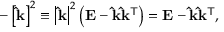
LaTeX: - \left[ \mathbf { \hat { k } } \right] ^ { 2 } \equiv \left| \mathbf { \hat { k } } \right| ^ { 2 } \left( \mathbf { E } - \mathbf { \hat { k } } \mathbf { \hat { k } } ^ { \mathsf { T } } \right) = \mathbf { E } - \mathbf { \hat { k } } \mathbf { \hat { k } } ^ { \mathsf { T } } ,